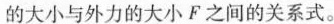
的大小与外力的大小F之间的关系式。